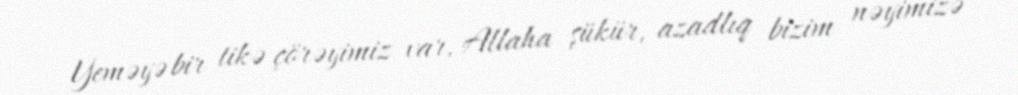
Yeməyə bir tikə çörəyimiz var, Allaha şükür, azadlıq bizim nəyimizə